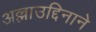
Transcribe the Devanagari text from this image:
अल्लाउद्दिनाने